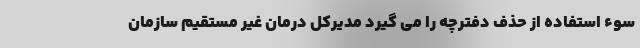
سوء استفاده از حذف دفترچه را می گیرد مدیرکل درمان غیر مستقیم سازمان